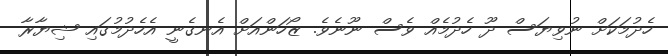
ހެދުމަކަށް ނުވިޔަސް ދޫ ހެދުމެއް ވެސް ނޫނެވެ. ޒޯހަންއަށް އެނގެނީ އެހެދުމުގައި ޝިޔާރާ